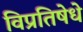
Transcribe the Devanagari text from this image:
विप्रतिषेधे